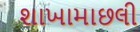
શાખામાછલી